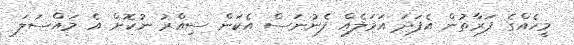
މީހެއްގެ ފަރާތުން އެފަދަ އަމަލެއް ފެނުނަސް އެކަން ސިއްރު ނުކޮށް އެ މައްސަލަ